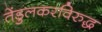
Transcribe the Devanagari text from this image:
तेंडुलकरविरुद्ध